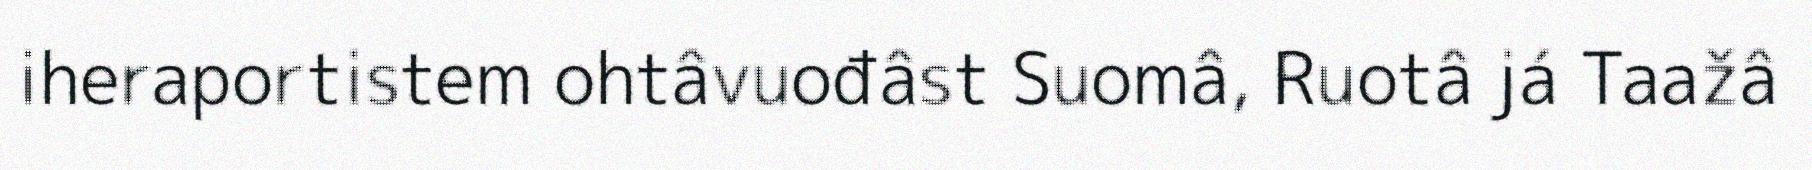
iheraportistem ohtâvuođâst Suomâ, Ruotâ já Taažâ